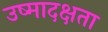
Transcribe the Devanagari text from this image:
उष्मादक्षता